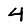
Digit: 4